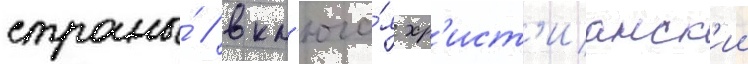
страны́ / вкл'юча́я хр'ист'ианск'ии